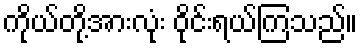
ကိုယ်တို့အားလုံး ဝိုင်းရယ်ကြသည်။